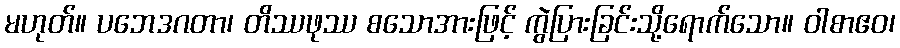
မဟုတ်။ ပဘေဒဂတာ၊ တိဿဖုဿ စသောအားဖြင့် ကွဲပြားခြင်းသို့ရောက်သော။ ဝါစာဧဝ၊